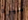
سيرة